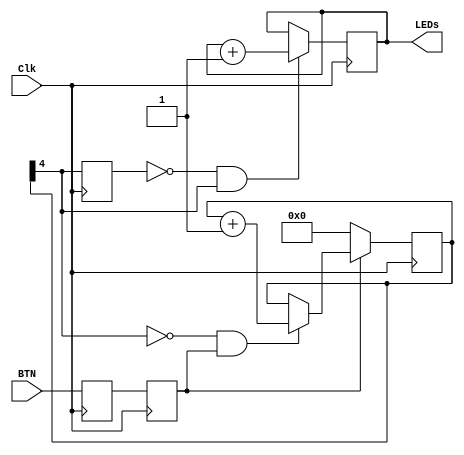
`timescale 1ns / 1ps
`default_nettype none

module withDebounce(LEDs, BTN, Clk);

    output reg [3:0] LEDs;
    
    input wire BTN, Clk;

    /*-this is a keyword we have not seen yet!*
     *-as the name implies, it is a parameter *
     * that can be changed at compile time... */
    parameter n = 5;
    
    // internal nets
    wire notMsb, Rst, En, Debounced;
    reg Synchronizer0, Synchronized;
    reg [n-1:0] Count;

    reg edge_detect0;
    wire rising_edge;
    /*This is just for simulation*/
     initial
        LEDs=0; 
    
   /********************************************/
   /* Debounce circuitry!!!                    */ 
   /********************************************/
    
    always@(posedge Clk)    //triggered at the rising edge of the clock
      begin
        Synchronizer0 <= BTN;
        Synchronized <= Synchronizer0;
      end

    always@(posedge Clk)    //triggered at the rising edge of the clock
        if(Rst)     //if reset == 1'b1
            Count <= 0;
        else if(En)     //if enabler == 1'b1
            Count <= Count + 1;
    
    // instantiate gate-level binary counter module
    assign notMsb = ~Count[n-1];
    assign En = notMsb & Synchronized;
    assign Rst = ~Synchronized;
    assign Debounced = Count[n-1];

   /********************************************/
   /* End of Debounce circuitry!!!             */ 
   /********************************************/

    always@(posedge Clk)    //triggered at the rising edge of the clock
        edge_detect0 <= Debounced;
    assign rising_edge = ~edge_detect0 & Debounced;

    always@(posedge Clk)    //triggered at the rising edge of the clock
        if(rising_edge)
            LEDs <= LEDs + 1;

endmodule